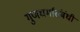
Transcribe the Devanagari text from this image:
गुणधर्मांसंबंधी